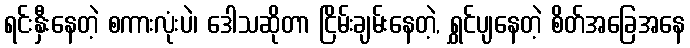
ရင်းနှီးနေတဲ့ စကားလုံးပဲ၊ ဒေါသဆိုတာ ငြိမ်းချမ်းနေတဲ့, ရွှင်ပျနေတဲ့ စိတ်အခြေအနေ